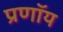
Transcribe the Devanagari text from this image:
प्रणॉय